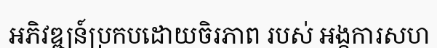
អភិវឌ្ឍន៍ប្រកបដោយចិរភាព របស់ អង្គការសហ